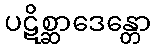
ပဋိစ္ဆာဒေန္တော